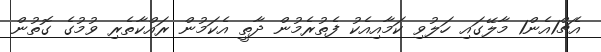
އެޗް1އެން1 މާލޭގައި ހަލުވި ކަމާއިއެކު ފެތުރެމުން ދާތީ އެކަމުން ރައްކާތެރި ވުމުގެ ގޮތުން